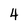
Character: 4